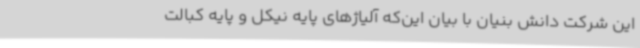
این شرکت دانش بنیان با بیان این‌که آلیاژهای پایه نیکل و پایه کبالت